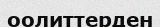
оолиттерден